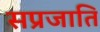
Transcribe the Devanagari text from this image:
सप्रजाति